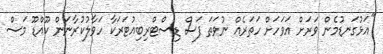
"އަޅުގަނޑުމެން ވަރަށް އަވަހަށް ހަތަރެއް ނުވަތަ ފަސް ޑިސްޓްރިބިއުޓަރަކާ ހަވާލުކުރާނަން ކޫއްޑޫ މަސް